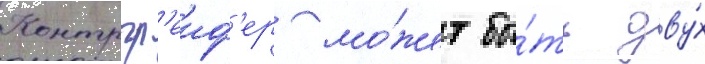
Контргр'еиф'ер мо́жет бы́ть дву́х